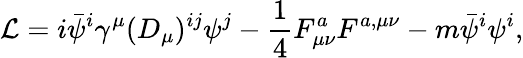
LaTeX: {\mathcal{L}}=i{\bar{\psi}}^{i}\gamma^{\mu}(D_{\mu})^{ij}\psi^{j}-{\frac{1}{4}}F_{\mu\nu}^{a}F^{a,\mu\nu}-m{\bar{\psi}}^{i}\psi^{i},